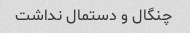
چنگال و دستمال نداشت